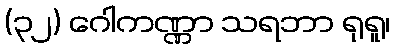
(၃၂) ဂေါကဏ္ဏာ သရဘာ ရုရူ၊